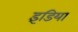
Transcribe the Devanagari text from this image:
इंडिया